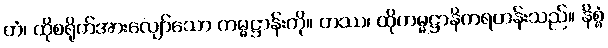
တံ၊ ထိုစရိုက်အားလျော်သော ကမ္မဋ္ဌာန်းကို။ တဿ၊ ထိုကမ္မဋ္ဌာနိကရဟန်းသည်။ နိစ္စံ